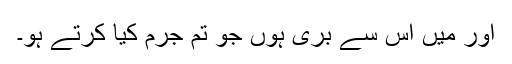
اور میں اس سے بَری ہوں جو تم جرم کیا کرتے ہو۔